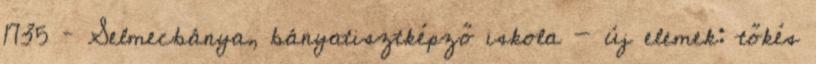
1735 – Selmecbánya, bányatisztképző iskola - új elemek: tőkés